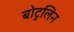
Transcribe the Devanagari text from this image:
बोटुलिन